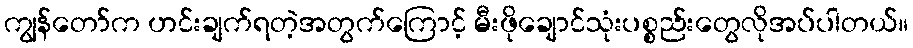
ကျွန်တော်က ဟင်းချက်ရတဲ့အတွက်ကြောင့် မီးဖိုချောင်သုံးပစ္စည်းတွေလိုအပ်ပါတယ်။